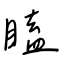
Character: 瞌